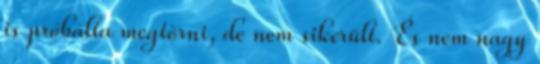
is próbálta megtörni, de nem sikerült. És nem nagy